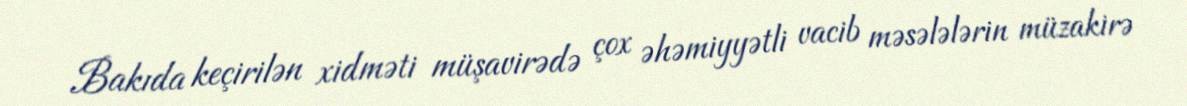
Bakıda keçirilən xidməti müşavirədə çox əhəmiyyətli vacib məsələlərin müzakirə